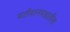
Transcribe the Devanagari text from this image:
वर्तमानपत्रातीत